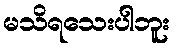
မသိရသေးပါဘူး